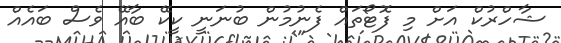
ޝާހްރުކް އަށް މި ފޮޓޯތައް ފެނުމުން ބުނަނީ ކީކޭ ބާއޭ ވެސް ބައެއް